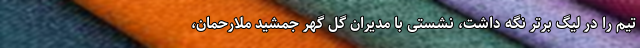
تیم را در لیگ برتر نگه داشت، نشستی با مدیران گل گهر جمشید ملارحمان،